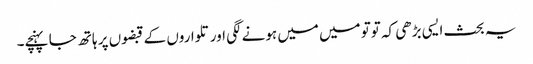
یہ بحث ایسی بڑھی کہ توتو میں میں ہونے لگی اور تلواروں کے قبضوں پر ہاتھ جا پہنچے۔